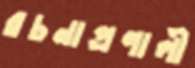
রচনাপ্রণালী